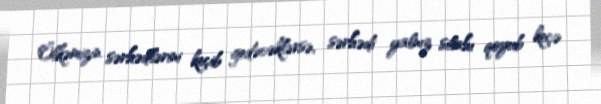
Ölkəmizin sərhədlərini keçib gedəcəklərsə, sərhədi yalnız silahı qoyub keçə